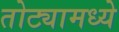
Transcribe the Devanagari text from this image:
तोट्यामध्ये